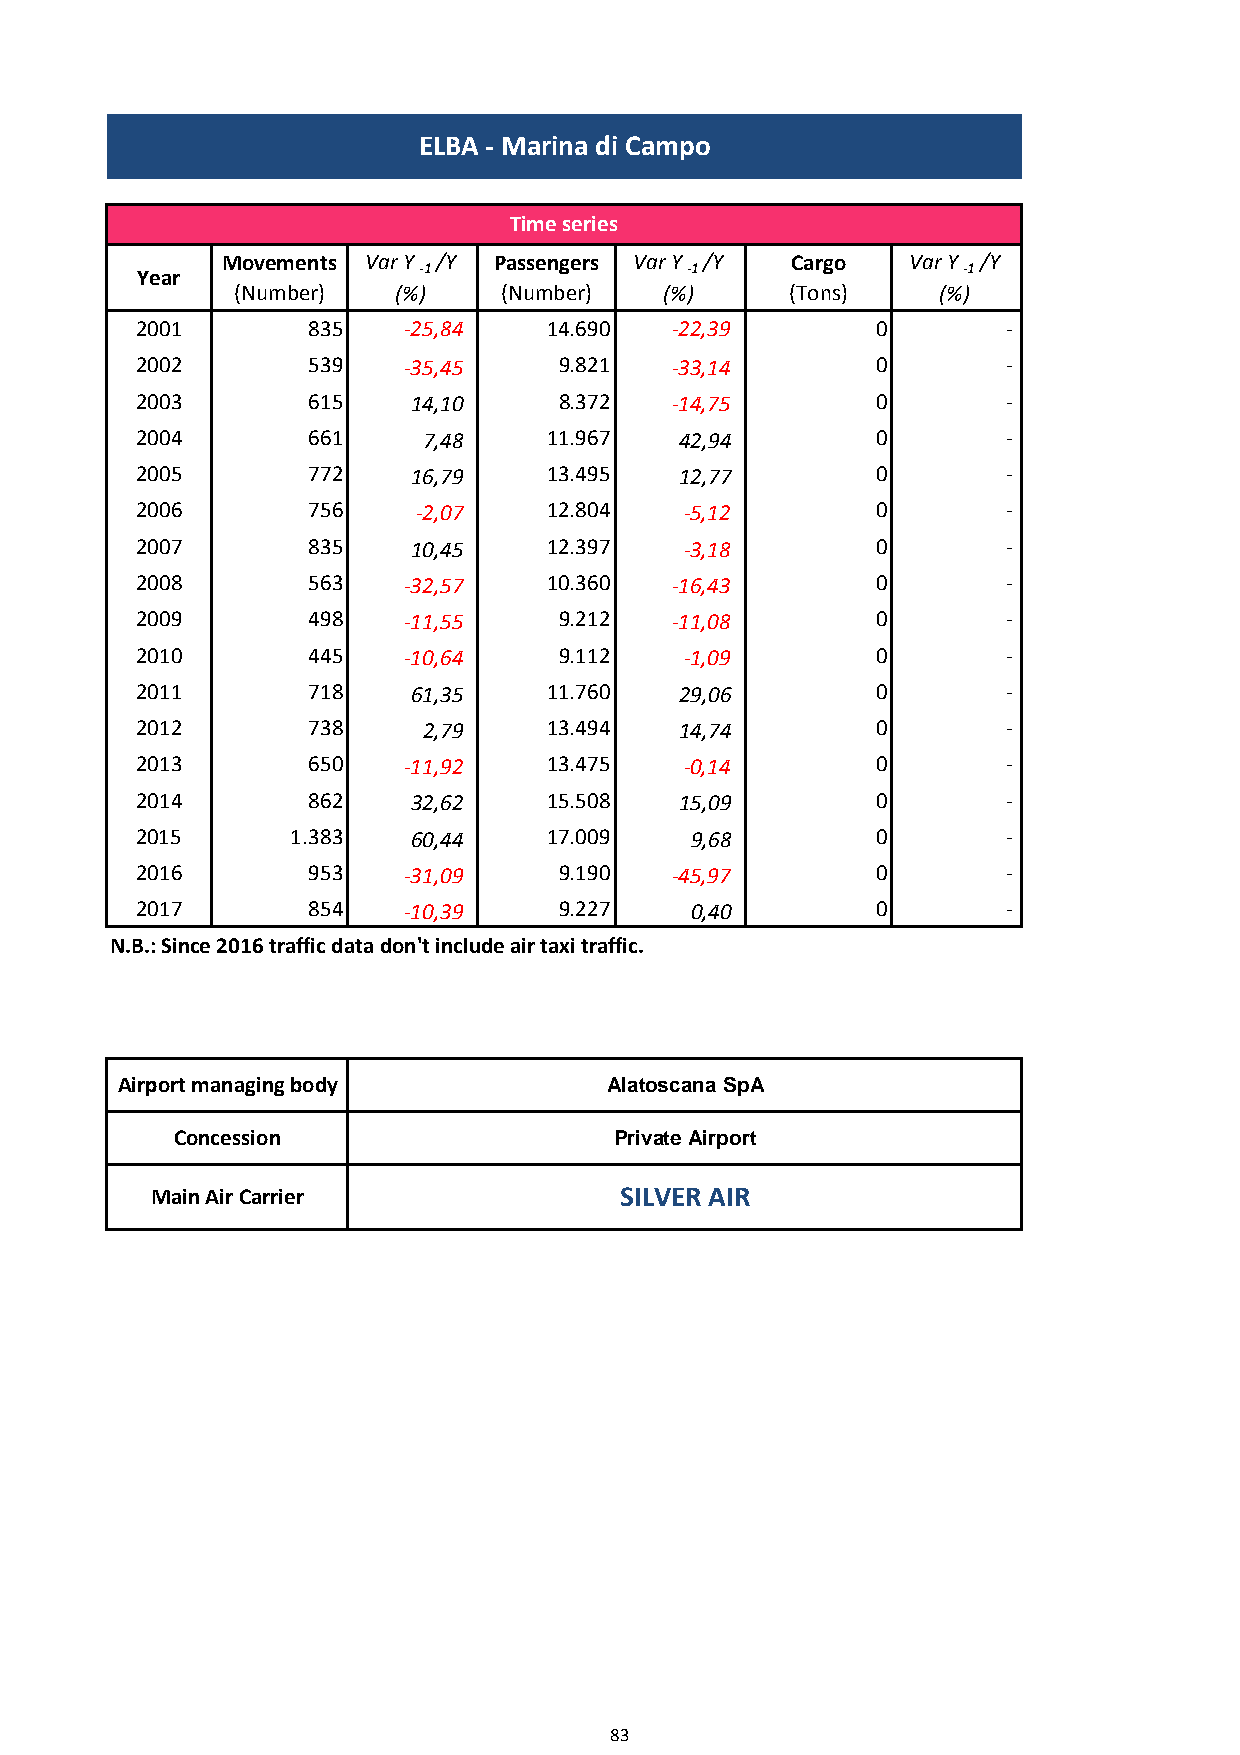
ELBA - Marina di Campo
 Time series
 Movements Var Y /Y Passengers Var Y /Y Cargo Var Y /Y
 Year               -1               -1                 -1
 (Number)  (%)    (Number)   (%)     (Tons)    (%)
 2001       835    -25,84   14.690  -22,39        0        -
 2002       539    -35,45    9.821  -33,14        0        -
 2003       615    14,10     8.372  -14,75        0        -
 2004       661     7,48    11.967   42,94        0        -
 2005       772    16,79    13.495   12,77        0        -
 2006       756     -2,07   12.804   -5,12        0        -
 2007       835    10,45    12.397   -3,18        0        -
 2008       563    -32,57   10.360  -16,43        0        -
 2009       498    -11,55    9.212  -11,08        0        -
 2010       445    -10,64    9.112   -1,09        0        -
 2011       718    61,35    11.760   29,06        0        -
 2012       738     2,79    13.494   14,74        0        -
 2013       650    -11,92   13.475   -0,14        0        -
 2014       862    32,62    15.508   15,09        0        -
 2015      1.383   60,44    17.009    9,68        0        -
 2016       953    -31,09    9.190  -45,97        0        -
 2017       854    -10,39    9.227    0,40        0        -
 N.B.: Since 2016 traffic data don't include air taxi traffic.
 Airport managing body           Alatoscana SpA
 Concession                   Private Airport
 Main Air Carrier               SILVER AIR
 83